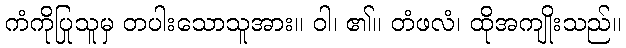
ကံကိုပြုသူမှ တပါးသောသူအား။ ဝါ၊ ၏။ တံဖလံ၊ ထိုအကျိုးသည်။